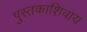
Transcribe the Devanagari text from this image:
पुस्तकाशिवाय